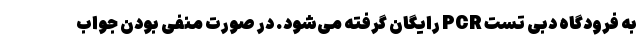
به فرودگاه دبی تست PCR رایگان گرفته می‌شود. در صورت منفی بودن جواب